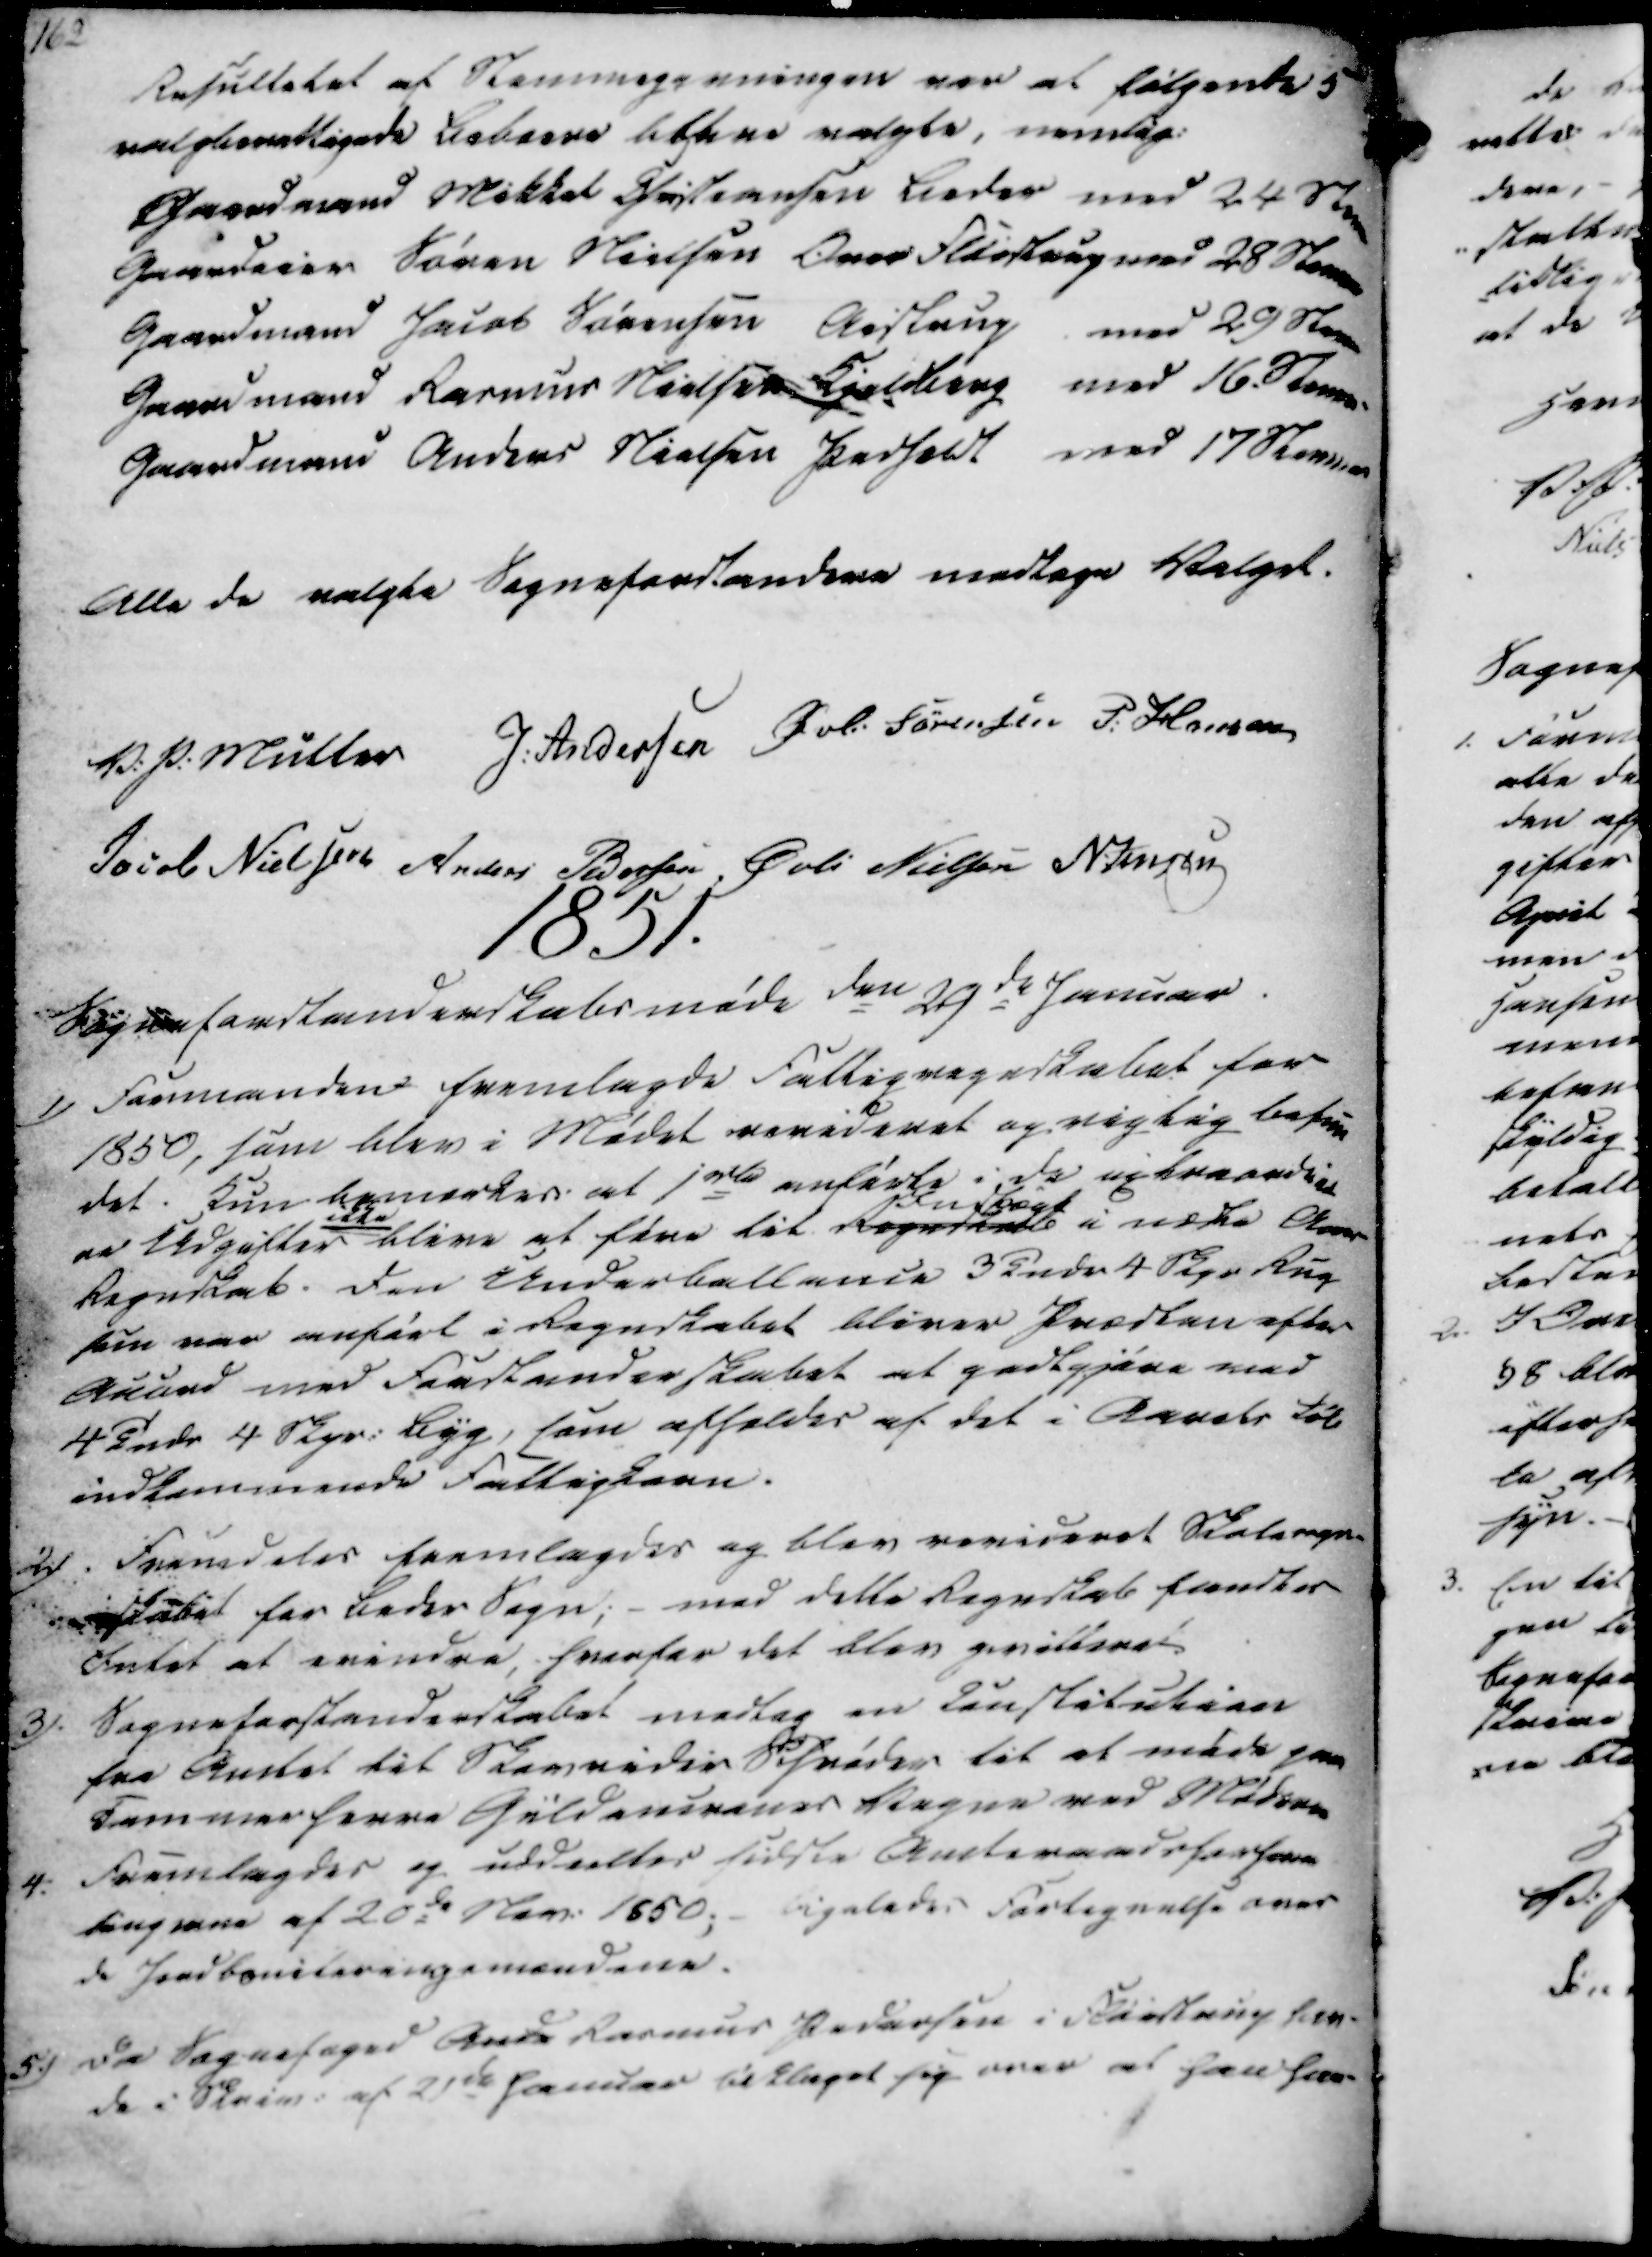
Transskription:
Resultatet af Stemmegivningen var at følgende 5
valgberettigede Beboere bleve valgte, nemlig:
Gaardmand Mikkel Christiansen Beder med 24 Stemm
Gaardeier Søren Nielsen Over Fløistrup med 28 Stemmer
Gaardmand Jacob Sørensen Aistrup med 29 Stemm
Gaardmand Rasmus Nielsen Kjeldborg med 16 Stemm
Gaardmand Anders Nielsen Pedholdt med 17 Stemmer
Alle de valgte Sogneforstandere modtage Valget.

V. P. Müller
J. Andersen
Øvli Sørensen
P. Hansen
Jacob Nielsen
Anders Pedersen
Øvli Nielsen
N. Jensen

1851.

Sogneforstanderskabsmøde den 29de Januar.
1) Formanden fremlagde Fattigregnskabet for
1850, som blev i Mødet revideret og rigtig befun
det. Kun bemærkes at 1 rd anførte i de extraordinæ
re Udgifter
ikke
blive at føre til Regnskabet
Indtægt
i næste Aars
Regnskab. Den Underballance 3 Tndr 4 Skpr Rug
som var anført i Regnskabet bliver Præsten efter
Aaurd med Forstanderskabet at godtgjøre ved
4 Tndr 4 Skpr. Byg, som afholdes af det i Aarets Føl
indkommende Fattigkorn.
2). Fremdeles fremlagdes og blev revideret Skoleregn-
skabet for Beder Sogn; - med dette Regnskab fandtes
Intet at erindre, hvorfor det blev qvitteret.
3). Sogneforstanderskabet modtog en Constitution
fra Amtet til Skovrider Schrøder til at møde paa
Kammerherre Güldencrones Vegne ved Møderne
4. Fremlagdes og uddeeltes sidste Amtsraadsforsam
lingerne af 20de Nov. 1850; - Ligeledes Fortegnelse over
de Jordboniteringsmændene.
5.) Da Sognefoged And. Rasmus Pedersen i Fløistrup hav-
de i Skriv. af 21de Januar tilklaget sig over at han hav-